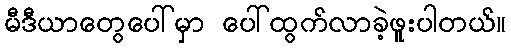
မီဒီယာတွေပေါ်မှာ ပေါ်ထွက်လာခဲ့ဖူးပါတယ်။